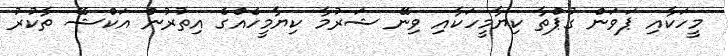
މީހަކާއި ޕަވަން ގުޕްތާ ކިޔާމީހަކާއި ވިނޭ ޝަރުމާ ކިޔާމީހެއްގެ އިތުރުން އަކްޝޭ ތާކުރު